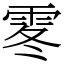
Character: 𩂓